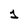
Character: 1